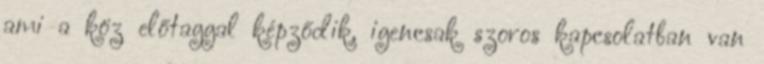
ami a köz előtaggal képződik, igencsak szoros kapcsolatban van